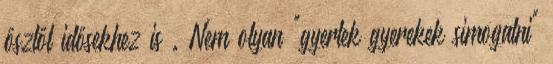
ősztől idősekhez is . Nem olyan "gyertek gyerekek simogatni"